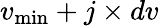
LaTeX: v_{\operatorname*{min}}+j\times dv